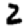
Digit: 2